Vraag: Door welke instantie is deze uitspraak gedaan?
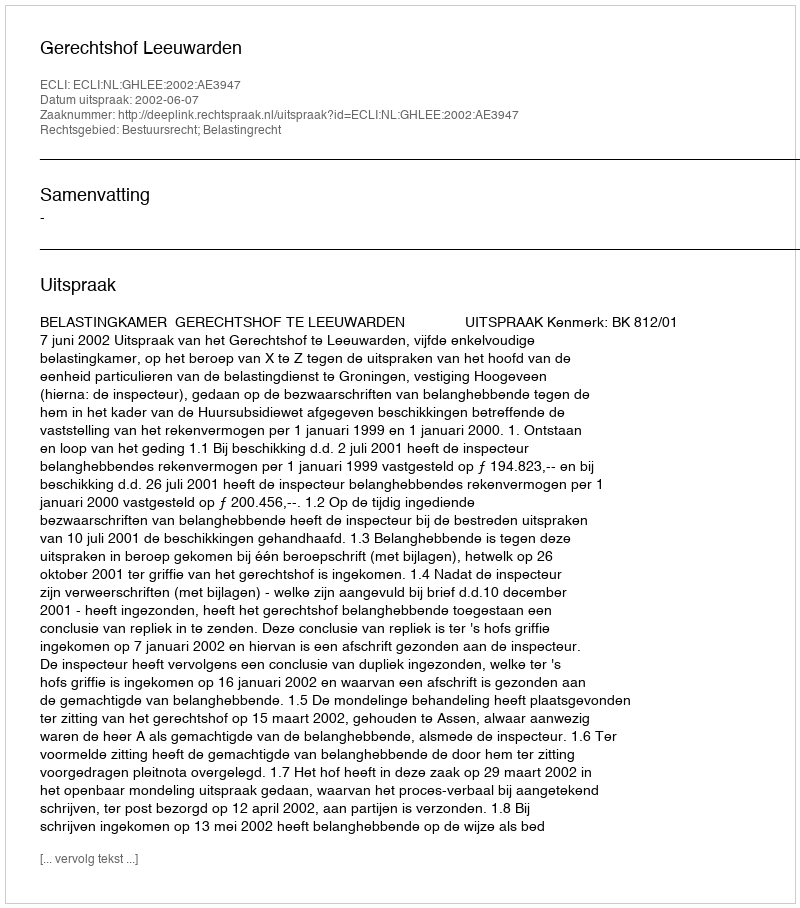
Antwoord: Gerechtshof Leeuwarden